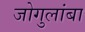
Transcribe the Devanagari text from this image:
जोगुलांबा